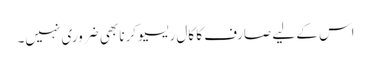
اس کے لیے صارف کا کال ریسیو کرنا بھی ضروری نہیں۔